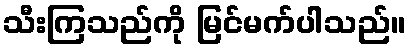
သီးကြသည်ကို မြင်မက်ပါသည်။